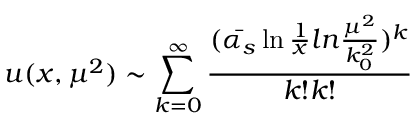
u ( x , \mu ^ { 2 } ) \sim \sum _ { k = 0 } ^ { \infty } \frac { ( \bar { \alpha _ { s } } \ln \frac { 1 } { x } l n \frac { \mu ^ { 2 } } { k _ { 0 } ^ { 2 } } ) ^ { k } } { k ! k ! }